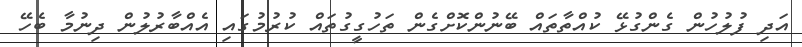
އަދި ފުލުހުން ގެންގުޅޭ ކުއްތާތައް ބޭނުންކޮށްގެން ތަހުގީގުތައް ކުރުމުގައި އެއްބާރުލުން ދިނުމާ ބެހޭ